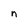
Character: n